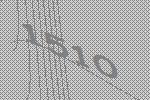
1510